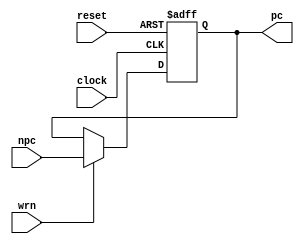
module pc(pc,clock,reset,wrn,npc);
    output reg [31:0] pc;
	input clock;
	input reset;
	input wrn;
	input [31:0]npc;
	always @(posedge clock,negedge reset)
	    begin
			if(!reset)
			begin
				pc <= 32'h00003000;
			end
			else 
			begin
				if(wrn)
					pc <= npc;
			end
	    end
endmodule